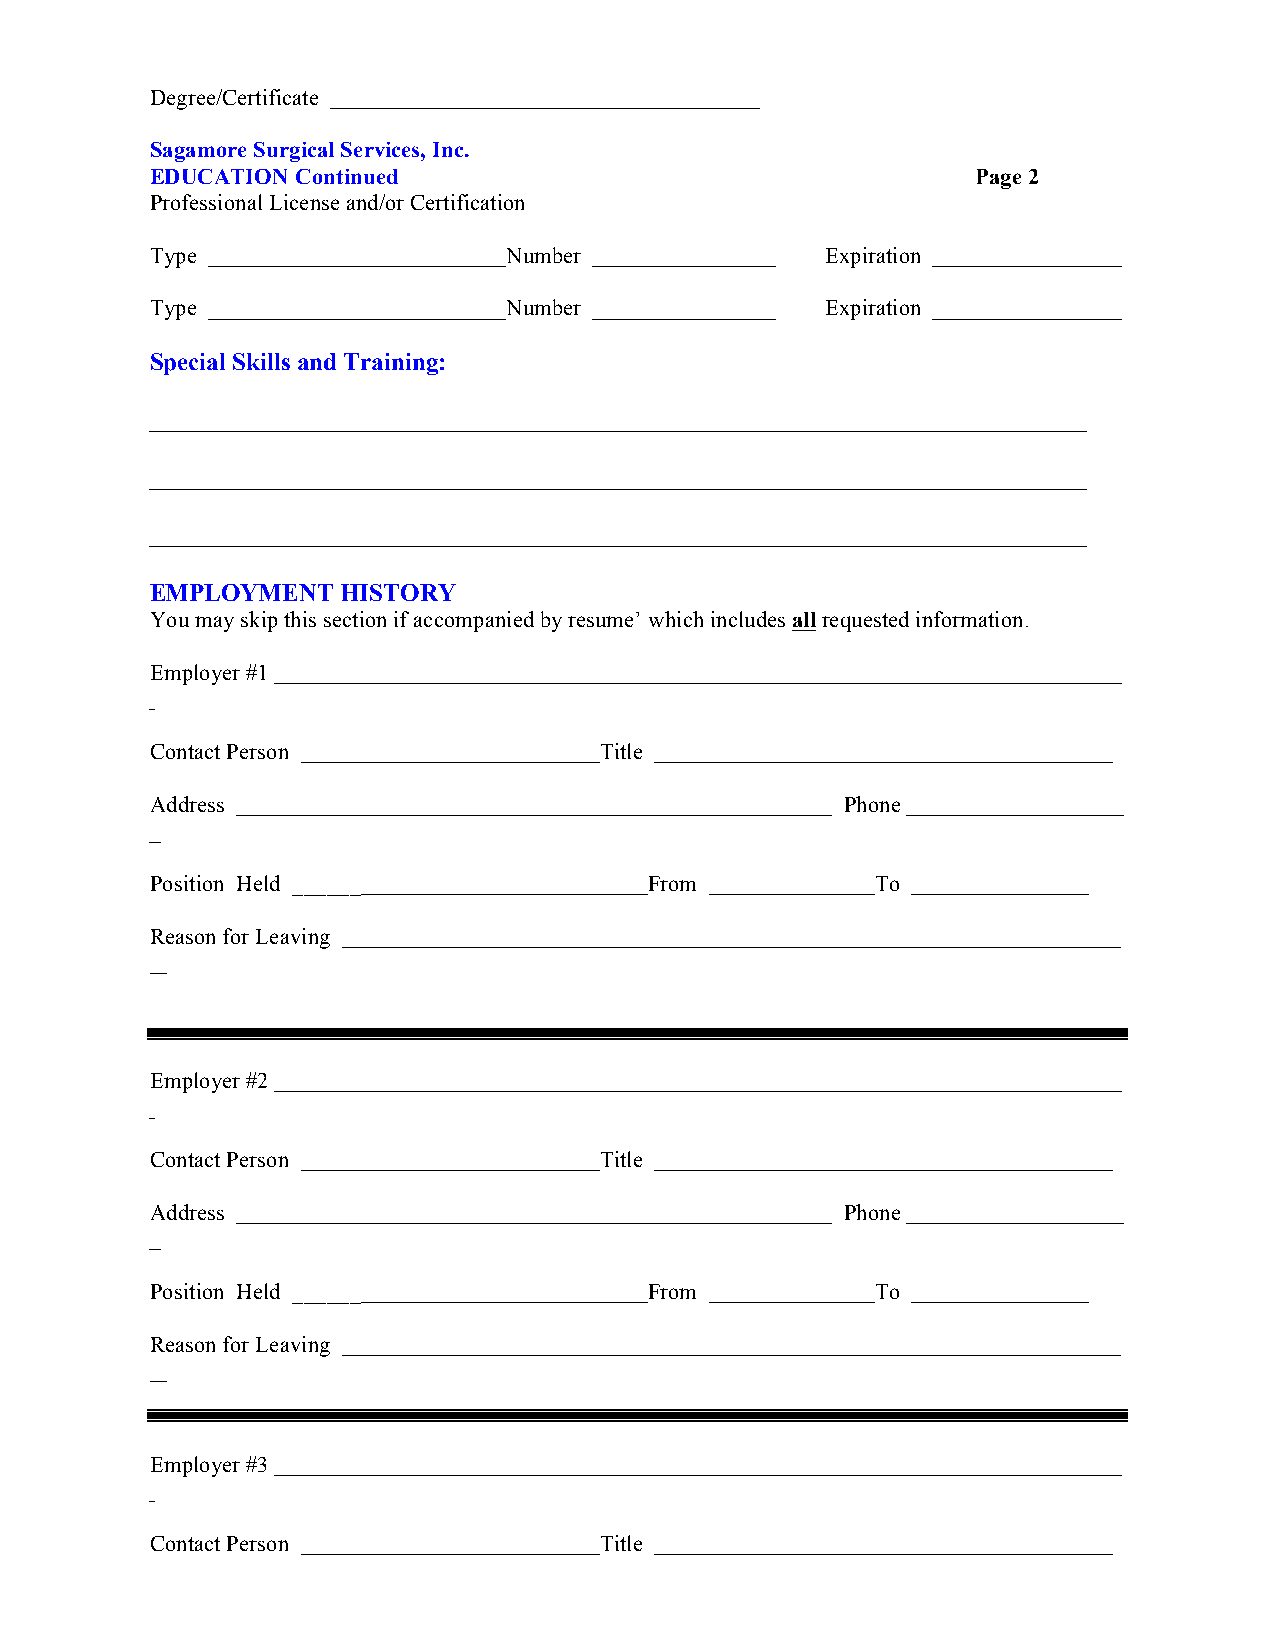
Degree/Certificate
 Sagamore Surgical Services, Inc.
 EDUCATION Continued                                    Page 2
 Professional License and/or Certification
 Type                    Number               Expiration
 Type                    Number               Expiration
 Special Skills and Training:
 EMPLOYMENT   HISTORY
 You may skip this section if accompanied by resume’ which includes all requested information.
 Employer #1
 Contact Person                Title
 Address                                       Phone
 Position Held ______             From           To
 Reason for Leaving
 Employer #2
 Contact Person                Title
 Address                                       Phone
 Position Held ______             From           To
 Reason for Leaving
 Employer #3
 Contact Person                Title